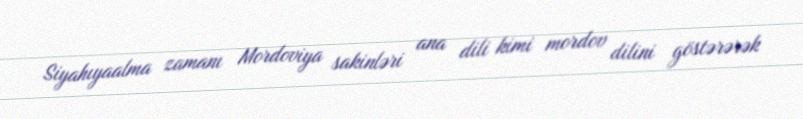
Siyahıyaalma zamanı Mordoviya sakinləri ana dili kimi mordov dilini göstərərək